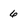
Character: 6